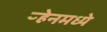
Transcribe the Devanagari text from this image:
ऱ्हेनमध्ये